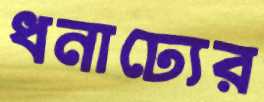
ধনাঢ্যের